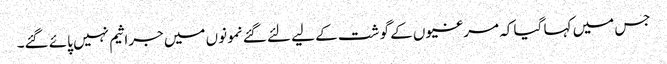
جس میں کہا گیا کہ مرغیوں کے گو شت کے لیے لئے گئے نمونوں میں جراثیم نہیں پائے گئے۔